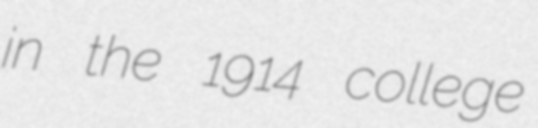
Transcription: in the 1914 college